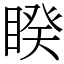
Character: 睽